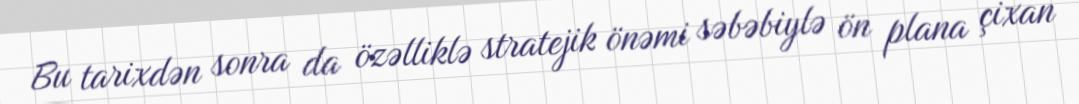
Bu tarixdən sonra da özəlliklə stratejik önəmi səbəbiylə ön plana çixan